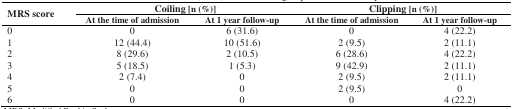
<table><thead><tr><td rowspan="2"><b>MRS score</b></td><td colspan="2"><b>Coiling [n (%)]</b></td><td colspan="2"><b>Clipping [n (%)]</b></td></tr><tr><td><b>At the time of admission </b></td><td><b>At 1 year follow-up </b></td><td><b>At the time of admission </b></td><td><b>At 1 year follow-up </b></td></tr></thead><tbody><tr><td>0</td><td>0</td><td>6 (31.6)</td><td>0</td><td>4 (22.2)</td></tr><tr><td>1</td><td>12 (44.4)</td><td>10 (51.6)</td><td>2 (9.5)</td><td>2 (11.1)</td></tr><tr><td>2</td><td>8 (29.6)</td><td>2 (10.5)</td><td>6 (28.6)</td><td>4 (22.2)</td></tr><tr><td>3</td><td>5 (18.5)</td><td>1 (5.3)</td><td>9 (42.9)</td><td>2 (11.1)</td></tr><tr><td>4</td><td>2 (7.4)</td><td>0</td><td>2 (9.5)</td><td>2 (11.1)</td></tr><tr><td>5</td><td>0</td><td>0</td><td>2 (9.5)</td><td>0</td></tr><tr><td>6</td><td>0</td><td>0</td><td>0</td><td>4 (22.2)</td></tr></tbody></table>